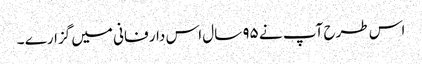
اس طرح آپ نے ۹۵ سال اس دار فانی میں گزارے ۔